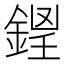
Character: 𨧵